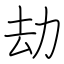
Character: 劫